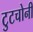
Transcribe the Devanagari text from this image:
टुटचोनी